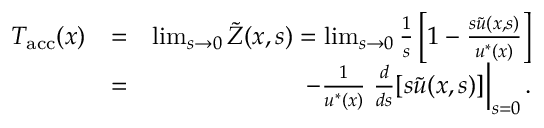
\begin{array} { r l r } { T _ { \mathrm { a c c } } ( x ) } & { = } & { \operatorname* { l i m } _ { s \rightarrow 0 } \widetilde { Z } ( x , s ) = \operatorname* { l i m } _ { s \rightarrow 0 } \frac { 1 } { s } \left[ 1 - \frac { s \widetilde { u } ( x , s ) } { u ^ { * } ( x ) } \right] } \\ & { = } & { - \frac { 1 } { u ^ { * } ( x ) } \left. \frac { d } { d s } [ s \widetilde { u } ( x , s ) ] \right| _ { s = 0 } . } \end{array}